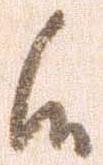
候